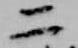
二